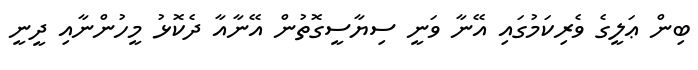
ބިން ޢަލީގެ ވެރިކަމުގައި އޭނާ ވަނީ ސިޔާސީގޮތުން އޭނާއާ ދެކޮޅު މީހުންނާއި ދީނީ